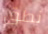
نطق